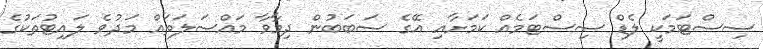
ސިސްޓަމަކީ ލެޑް ސިސްޓަމެއް ކަމަށާއި އޭގެ ސަބަބުން ދިމާވާ މައްސަލަތައް މަދުވެ ލައިޓުތަކުގެ